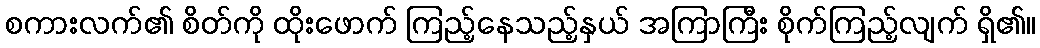
စကားလက်၏ စိတ်ကို ထိုးဖောက် ကြည့်နေသည့်နှယ် အကြာကြီး စိုက်ကြည့်လျက် ရှိ၏။